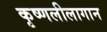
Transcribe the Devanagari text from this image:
कृष्णलीलागान